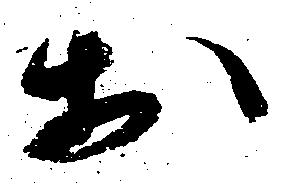
於